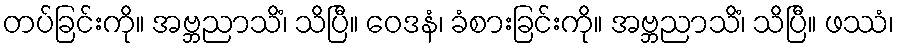
တပ်ခြင်းကို။ အဗ္ဘညာသိံ၊ သိပြီ။ ဝေဒနံ၊ ခံစားခြင်းကို။ အဗ္ဘညာသိံ၊ သိပြီ။ ဖဿံ၊